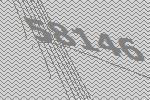
58146